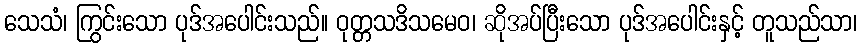
သေသံ၊ ကြွင်းသော ပုဒ်အပေါင်းသည်။ ဝုတ္တသဒိသမေဝ၊ ဆိုအပ်ပြီးသော ပုဒ်အပေါင်းနှင့် တူသည်သာ၊